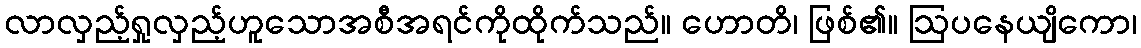
လာလှည့်ရှုလှည့်ဟူသောအစီအရင်ကိုထိုက်သည်။ ဟောတိ၊ ဖြစ်၏။ ဩပနေယျိကော၊